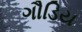
ગૌડિય